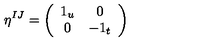
\eta ^ { I J } = \left( \begin{array} { c c } { 1 _ { u } } & { 0 } \\ { 0 } & { - 1 _ { t } } \\ \end{array} \right)